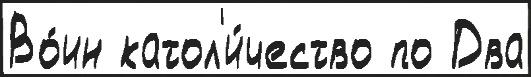
Во́ин катол'и́чество по Два